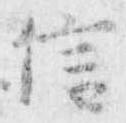
信